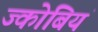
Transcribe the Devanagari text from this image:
ज्कोबियं